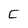
Character: C